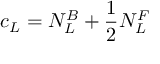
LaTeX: c _ { \small L } = N _ { L } ^ { B } + \frac { 1 } { 2 } N _ { L } ^ { F }